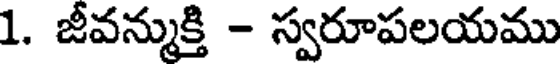
1. జీవన్ముక్తి - స్వరూపలయము